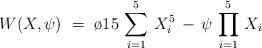
LaTeX: \begin{align*}W(X,\psi)~=~\o{1}{5}\,\sum_{i = 1}^{5} \, X_i^5 \, - \,\psi\,\prod_{i=1}^{5} \, X_i\end{align*}